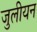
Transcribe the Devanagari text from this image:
जुलीयन